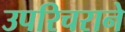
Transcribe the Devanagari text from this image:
उपरिचराने